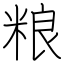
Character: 粮